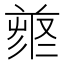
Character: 𠭳